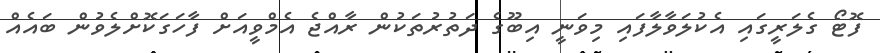
ފޮޓޯ ގެލަރީގައި އެކުލަވާލާފައި މިވަނީ އިބޫގެ ދަތުރުތަކުން ރާއްޖެ އެމްވީއަށް ފާހަގަކޮށްލެވުން ބައެއް